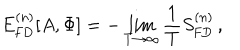
LaTeX: E _ { \mathrm { F D } } ^ { ( n ) } [ A , \Phi ] = - \lim _ { T \rightarrow \infty } \frac { 1 } { T } S _ { \mathrm { F D } } ^ { ( n ) } \, ,